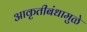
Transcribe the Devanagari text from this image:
आकृतीबंधामुळे